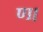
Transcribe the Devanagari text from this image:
ण।